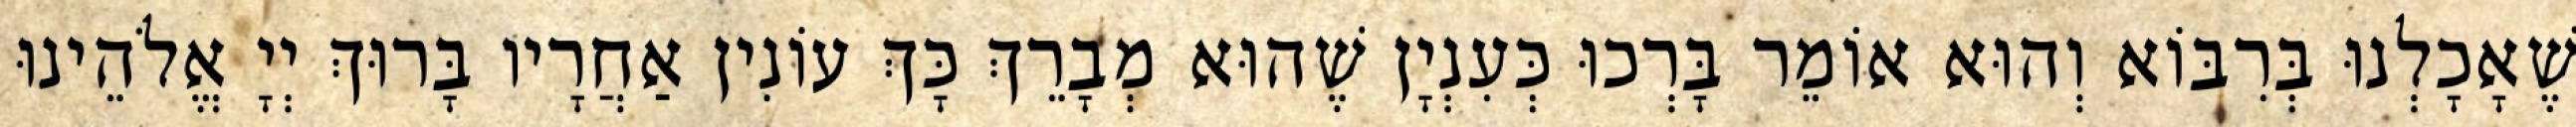
שֶׁאָכָלְנוּ בְּרִבּוֹא וְהוּא אוֹמֵר בָּרְכוּ כְּעִנְיָן שֶׁהוּא מְבָרֵךְ כָּךְ עוֹנִין אַחֲרָיו בָּרוּךְ יְיָ אֱלֹהֵינוּ